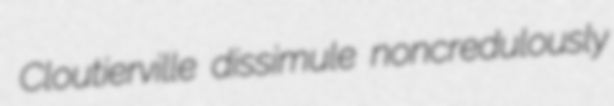
Cloutierville dissimule noncredulously